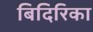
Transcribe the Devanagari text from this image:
बिदिरिका